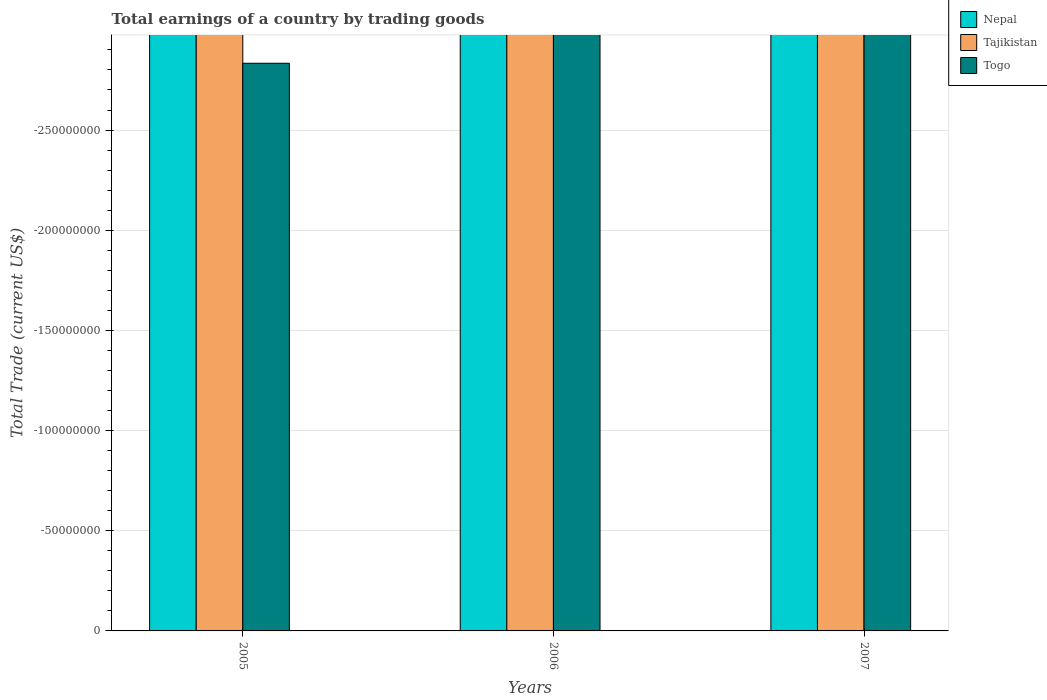
| Years | Nepal | Tajikistan | Togo |
 | --- | --- | --- | --- |
 | 2005 | -1.37e+09 | -3.23e+08 | -2.83e+08 |
 | 2006 | -1.59e+09 | -4.43e+08 | -3.19e+08 |
 | 2007 | -2.01e+09 | -1.56e+09 | -3.95e+08 |